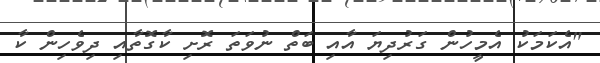
"އެކަމަކު އެމީހުން ގަރުދިޔަ އާއި ބަތް ނުވަތަ ރޮށި ކާގޮތާއި ދިވެހިން ކާ